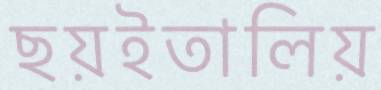
ছয়ইতালিয়